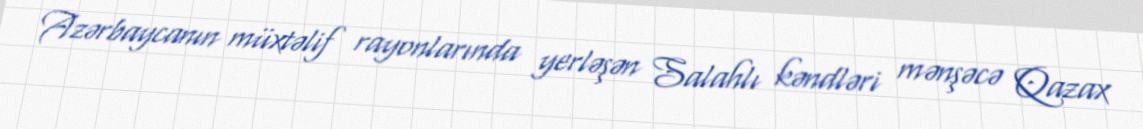
Azərbaycanın müxtəlif rayonlarında yerləşən Salahlı kəndləri mənşəcə Qazax